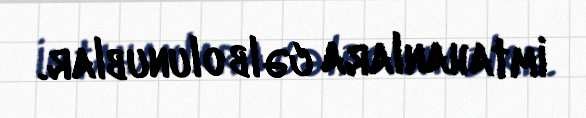
imtahanlara cəlb olunublar.